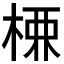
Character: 𭪚